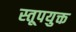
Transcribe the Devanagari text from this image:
स्तूपयुक्त